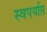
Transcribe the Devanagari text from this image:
स्वपर्याप्त